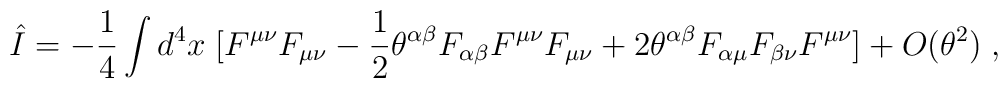
\hat{I} = - \frac{1}{4} \int  d^4 x \; [F^{\mu \nu} F_{\mu \nu}      -\frac{1}{2} \theta^{\alpha \beta} F_{\alpha \beta} F^{\mu \nu} F_{\mu \nu}      + 2 \theta^{\alpha \beta} F_{\alpha \mu} F_{\beta \nu} F^{\mu \nu}] + O(\theta^2) \;,